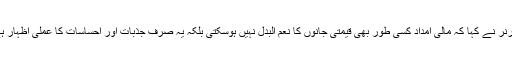
گورنر نے کہا کہ مالی امداد کسی طور بھی قیمتی جانوں کا نعم البدل نہیں ہوسکتی بلکہ یہ صرف جذبات اور احساسات کا عملی اظہار ہے۔